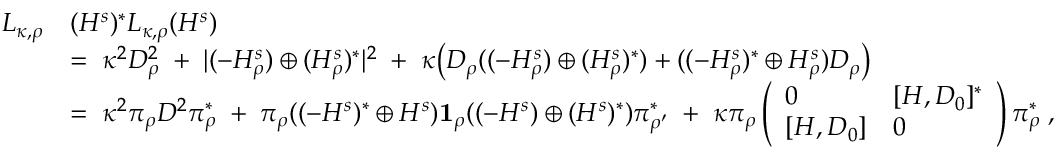
\begin{array} { r l } { L _ { \kappa , \rho } } & { ( H ^ { s } ) ^ { * } L _ { \kappa , \rho } ( H ^ { s } ) } \\ & { = \; \kappa ^ { 2 } D _ { \rho } ^ { 2 } \; + \; | ( - H _ { \rho } ^ { s } ) \oplus ( H _ { \rho } ^ { s } ) ^ { * } | ^ { 2 } \; + \; \kappa \big ( D _ { \rho } ( ( - H _ { \rho } ^ { s } ) \oplus ( H _ { \rho } ^ { s } ) ^ { * } ) + ( ( - H _ { \rho } ^ { s } ) ^ { * } \oplus H _ { \rho } ^ { s } ) D _ { \rho } \big ) } \\ & { = \; \kappa ^ { 2 } \pi _ { \rho } D ^ { 2 } \pi _ { \rho } ^ { * } \; + \; \pi _ { \rho } ( ( - H ^ { s } ) ^ { * } \oplus H ^ { s } ) { \bf 1 } _ { \rho } ( ( - H ^ { s } ) \oplus ( H ^ { s } ) ^ { * } ) \pi _ { \rho ^ { \prime } } ^ { * } \; + \; \kappa \pi _ { \rho } \left( \begin{array} { l l } { 0 } & { [ H , D _ { 0 } ] ^ { * } } \\ { [ H , D _ { 0 } ] } & { 0 } \end{array} \right) \pi _ { \rho } ^ { * } \; , } \end{array}